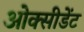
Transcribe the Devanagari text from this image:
ओक्सीडेंट